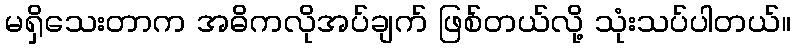
မရှိသေးတာက အဓိကလိုအပ်ချက် ဖြစ်တယ်လို့ သုံးသပ်ပါတယ်။